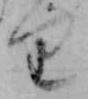
り